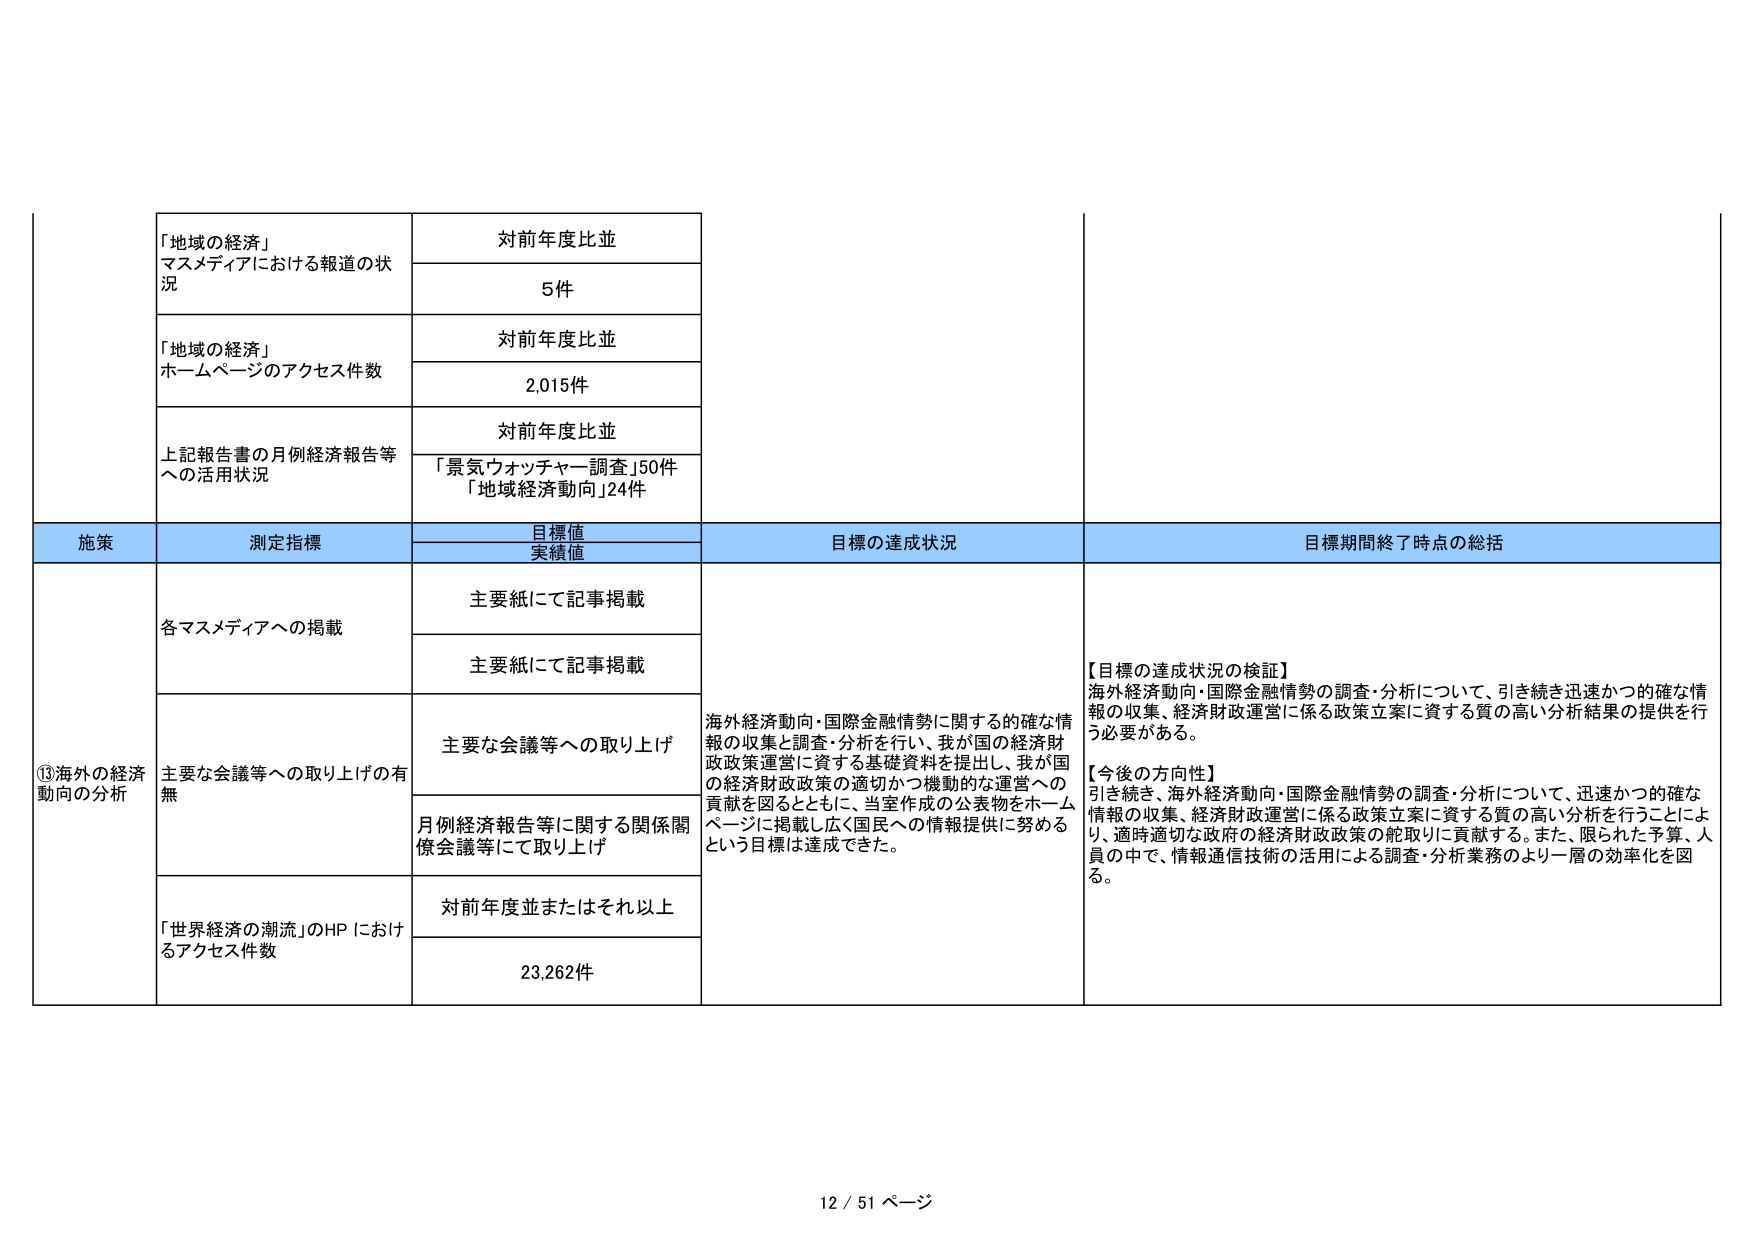
「地域の経済」
マスメディアにおける報道の状況
対前年度比並
5件

「地域の経済」
ホームページのアクセス件数
対前年度比並
2,015件

上記報告書の月例経済報告等への活用状況
対前年度比並
「景気ウォッチャー調査」50件
「地域経済動向」24件

施策
測定指標
目標値
実績値
目標の達成状況
目標期間終了時点の総括

⑬海外の経済動向の分析
各マスメディアへの掲載
主要紙にて記事掲載
主要紙にて記事掲載
海外経済動向・国際金融情勢に関する的確な情報の収集と調査・分析を行い、我が国の経済財政政策運営に資する基礎資料を提出し、我が国の経済財政政策の適切かつ機動的な運営への貢献を図るとともに、当室作成の公表物をホームページに掲載し広く国民への情報提供に努めるという目標は達成できた。

主要な会議等への取り上げの有無
主要な会議等への取り上げ
月例経済報告等に関する関係閣僚会議等にて取り上げ

「世界経済の潮流」のHPにおけるアクセス件数
対前年度並またはそれ以上
23,262件

【目標の達成状況の検証】
海外経済動向・国際金融情勢の調査・分析について、引き続き迅速かつ的確な情報の収集、経済財政運営に係る政策立案に資する質の高い分析結果の提供を行う必要がある。

【今後の方針性】
引き続き、海外経済動向・国際金融情勢の調査・分析について、迅速かつ的確な情報の収集、経済財政運営に係る政策立案に資する質の高い分析を行うことにより、適時適切な政府の経済財政政策の舵取りに貢献する。また、限られた予算、人員の中で、情報通信技術の活用による調査・分析業務のより一層の効率化を図る。

12 / 51 ページ